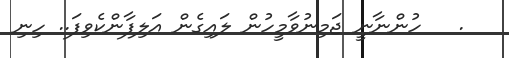
.   ހުންނާނީ ޖަމިނުވާމީހުން ލައިގެން އަލިފާންކެވިފަ.. ހިނި